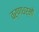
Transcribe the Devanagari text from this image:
वर्णधर्मों